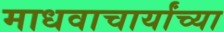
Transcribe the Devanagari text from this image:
माधवाचार्यांच्या